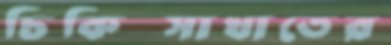
চিকিত্সাখাতের